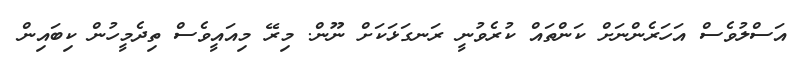
އަސްލުވެސް އަހަރެންނަށް ކަންތައް ކުރެވުނީ ރަނގަޅަކަށް ނޫން. މިރޭ މިއައީވެސް ތިދެމީހުން ކިބައިން